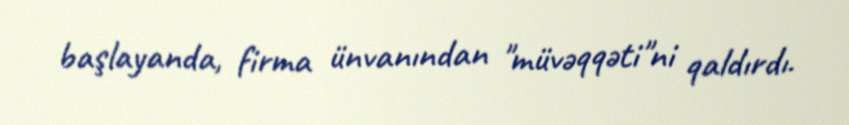
başlayanda, firma ünvanından "müvəqqəti"ni qaldırdı.